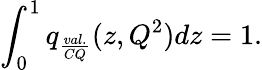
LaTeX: \int_{0}^{1}q_{\frac{val.}{CQ}}(z,Q^{2})dz=1.